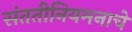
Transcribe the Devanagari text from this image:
संततीनियमनाचे